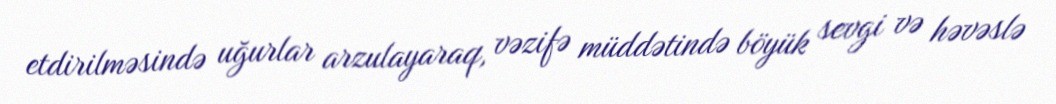
etdirilməsində uğurlar arzulayaraq, vəzifə müddətində böyük sevgi və həvəslə